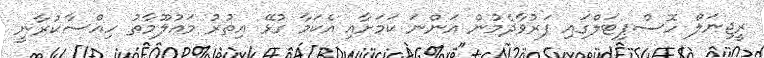
ރީޖިނަލް ހޮސްޕިޓަލްގައި ފަރުވާދެމުން އަންނަ ކަމަށާއި އެކަމާ ގުޅޭ އިތުރު މައުލޫމާތު ހިއްސާކުރާނީ